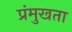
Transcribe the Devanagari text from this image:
प्रंमुखता